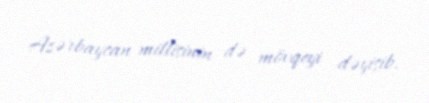
Azərbaycan millisinin də mövqeyi dəyişib.